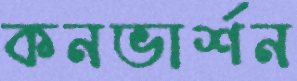
কনভার্শন